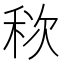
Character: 䅆